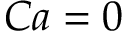
C a = 0